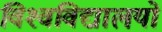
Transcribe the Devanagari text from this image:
विश्‍वविद्यालयों